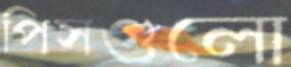
পিসগুলো